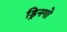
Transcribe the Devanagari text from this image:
ड्रिनगो